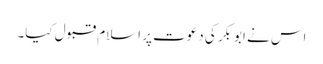
اس نے ابوبکر کی دعوت پر اسلام قبول کیا۔